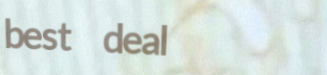
best deal